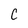
Character: c